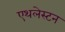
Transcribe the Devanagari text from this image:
एथलेस्टन